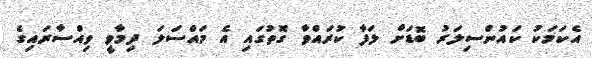
އެކަމަކު ކައުންސިލަރު ބޮޑަށް ލަފާ ކުރައްވާ ގޮތުގައި އެ މައްސަލަ ދިމާވީ ވިއްސާރައިގެ